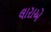
લારાએ